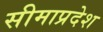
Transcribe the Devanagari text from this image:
सीमाप्रदेश